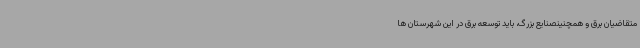
متقاضیان برق و همچنینصنایع بزرگ، باید توسعه برق در این شهرستان ها